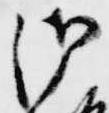
御